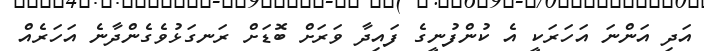
އަދި އަންނަ އަހަރަކީ އެ ކުންފުނީގެ ފައިދާ ވަރަށް ބޮޑަށް ރަނގަޅުވެގެންދާނެ އަހަރެއް